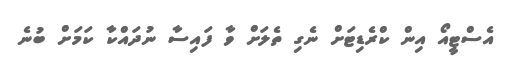
އެސްޓީއޯ އިން ކްރެޑިޓަށް ނެގި ތެލަށް ވާ ފައިސާ ނުދައްކާ ކަމަށް ބުނެ